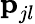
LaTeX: \textbf{p}_{jl}